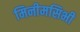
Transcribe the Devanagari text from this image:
मिनीमसिभी